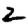
Digit: 2